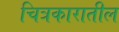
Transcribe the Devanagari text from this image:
चित्रकारातील